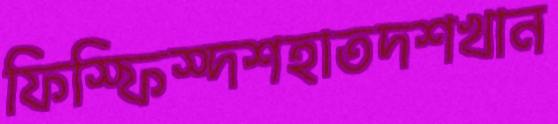
ফিস্‌ফিস্‌দশহাতদশখান